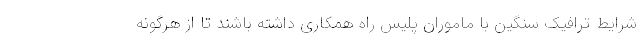
شرایط ترافیک سنگین با ماموران پلیس راه همکاری داشته باشند تا از هرگونه